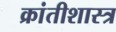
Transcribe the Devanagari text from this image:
क्रांतीशास्त्र